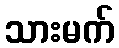
သားမက်